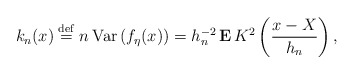
\begin{align*}k_{n}(x)\stackrel{\rm def}{=}n\,\mbox{Var}\left( f_{\eta }(x)\right)=h_{n}^{-2}{\bf \,E\,}K^{2}\left( \frac{x-X}{h_{n}}\right) , \end{align*}